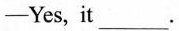
-Yes, it ___ .